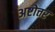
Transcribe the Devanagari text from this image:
अष्टोत्तर